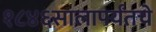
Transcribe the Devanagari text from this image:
१८४६सालापर्यंतचे